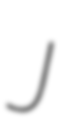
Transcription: J